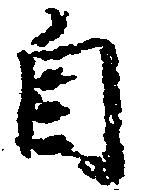
自